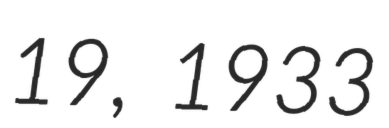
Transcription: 19, 1933